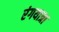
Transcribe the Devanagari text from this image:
रंगयात्रा